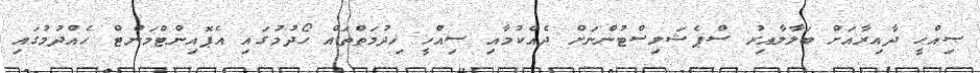
ޞިއްޙީ ދާއިރާއަށް ބަލާލާއިރު ސްޕެޝަލިސްޓުންނަށް ދެއްކުމާއި ސިއްހީ ޚިދުމަތްތައް ހޯދުމުގައި އެޕޮއިންޓްމަންޓް ހެއްދުމުގައި